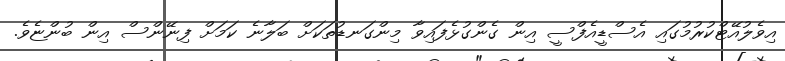
އިވެލުއޭޓްކުރުމުގައި އެސްޑީއެފްސީ އިން ގެންގުޅެފައިވާ މިންގަނޑުތަކަށް ބަލާނެ ކަމަށް ފިނޭންސް އިން ބުންޏެވެ.